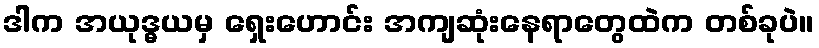
ဒါက အယုဒ္ဓယမှ ရှေးဟောင်း အကျဆုံးနေရာတွေထဲက တစ်ခုပဲ။